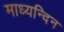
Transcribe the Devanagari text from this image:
माध्‍यन्‍दिन